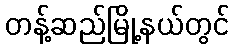
တန့်ဆည်မြို့နယ်တွင်